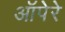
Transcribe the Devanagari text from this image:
ऑपेरे